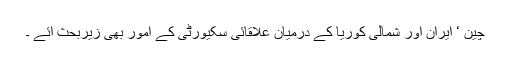
چین ‘ ایران اور شمالی کوریا کے درمیان علاقائی سکیورٹی کے امور بھی زیربحث آئے ۔